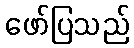
ဖော်ပြသည်